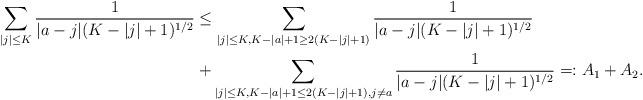
LaTeX: \begin{align*}\sum_{ |j| \leq K }\frac{1}{ |a-j | ( K - |j| +1 )^{1/2} } &\leq \sum_{ |j| \leq K, K - |a| +1 \geq 2 (K - |j| +1 ) } \frac{1}{ |a-j | ( K - |j| +1 )^{1/2} } \\&+\sum_{ |j| \leq K, K - |a| +1 \leq 2 (K - |j| +1 ) , j \neq a} \frac{1}{ |a-j | ( K - |j| +1 )^{1/2} } =:A_1 + A_2.\end{align*}